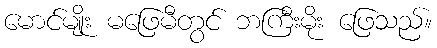
မောင်မျိုး မဖြေမီတွင် ဘကြီးမိုး ဖြေသည်။